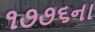
૧૭૭૬ના